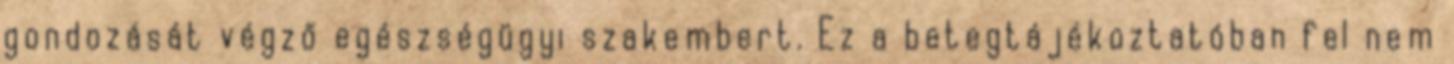
gondozását végző egészségügyi szakembert. Ez a betegtájékoztatóban fel nem